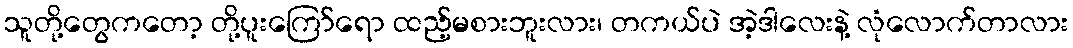
သူတို့တွေကတော့ တို့ပူးကြော်ရော ထည့်မစားဘူးလား၊ တကယ်ပဲ အဲ့ဒါလေးနဲ့ လုံလောက်တာလား